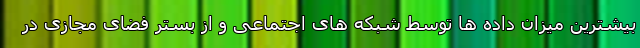
بیشترین میزان داده ها توسط شبکه های اجتماعی و از بستر فضای مجازی در